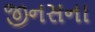
જીનસના